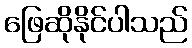
ဖြေဆိုနိုင်ပါသည်